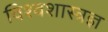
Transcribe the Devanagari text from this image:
विश्वशास्त्रज्ञ